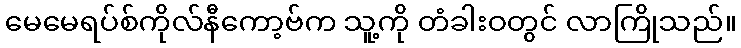
မေမေရပ်စ်ကိုလ်နီကော့ဗ်က သူ့ကို တံခါးဝတွင် လာကြိုသည်။